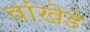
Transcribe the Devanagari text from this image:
वांखेडे